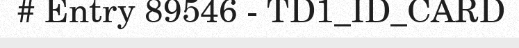
# Entry 89546 - TD1_ID_CARD